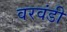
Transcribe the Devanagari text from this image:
वरवंडी